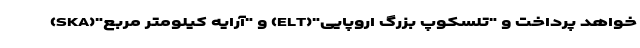
خواهد پرداخت و "تلسکوپ بزرگ اروپایی"(ELT) و "آرایه کیلومتر مربع"(SKA)